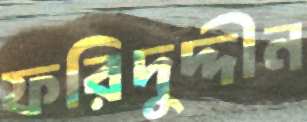
ফরিদুদ্দীন